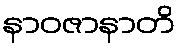
နာဝဇာနာတိ